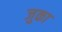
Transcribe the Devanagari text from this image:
जुका